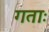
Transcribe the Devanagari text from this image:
गताः